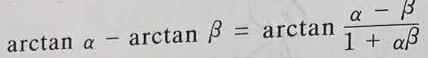
$\arctan \alpha - \arctan \beta = \arctan \frac{\alpha - \beta}{1 + \alpha\beta}$